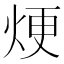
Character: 𪸫